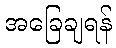
အခြေချရန်